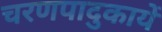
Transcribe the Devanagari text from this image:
चरणपादुकायें